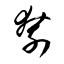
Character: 刳